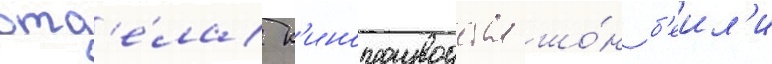
отд'е́ла к'инопроизводства шо́н б'еил'и